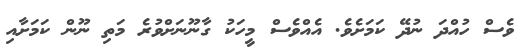
ވެސް ހުއްދަ ނުދޭ ކަމަށެވެ. އެއްވެސް މީހަކު ގާނޫނަށްވުރެ މަތި ނޫން ކަމަށާއި